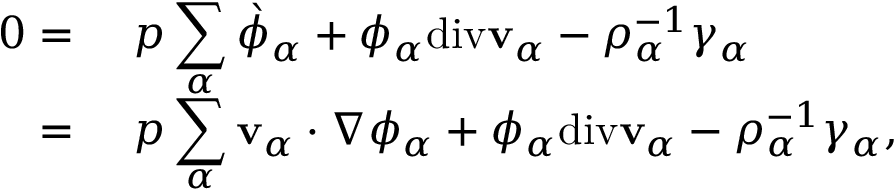
\begin{array} { r l } { 0 = } & { ~ p \displaystyle \sum _ { \alpha } \grave { \phi } _ { \alpha } + \phi _ { \alpha } \mathrm { d i v } \mathbf { v } _ { \alpha } - \rho _ { \alpha } ^ { - 1 } \gamma _ { \alpha } } \\ { = } & { ~ p \displaystyle \sum _ { \alpha } \mathbf { v } _ { \alpha } \cdot \nabla \phi _ { \alpha } + \phi _ { \alpha } \mathrm { d i v } \mathbf { v } _ { \alpha } - \rho _ { \alpha } ^ { - 1 } \gamma _ { \alpha } , } \end{array}